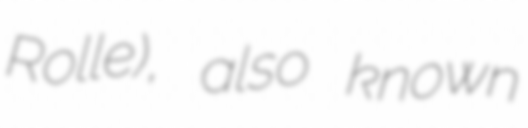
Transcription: Rolle), also known